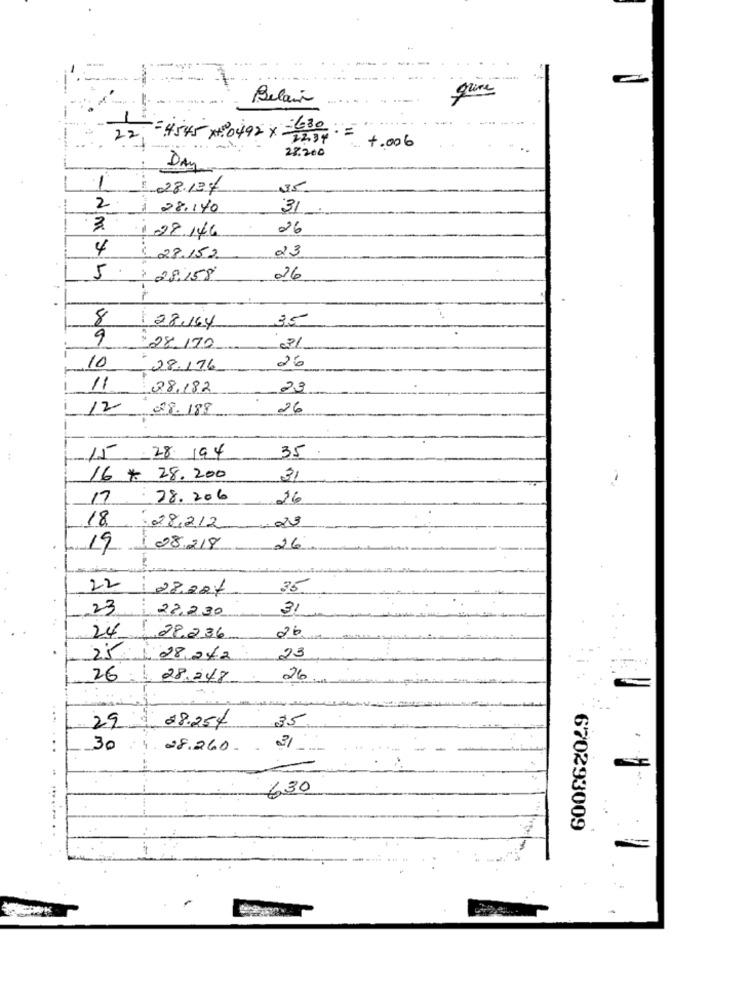
---
Belair
=4545 x4:0492 × =630 ==
22
22,34
.. +.006
..... ...
28.200
DAY
1
28.134
35
2
28.140
31
3.
28.146
26
4
23
28.152.
5 .
:28.158
26
8
35
28.164
9
:28.170
10
26
28.176
11
28.182
23
12 28.188
26
15 28 194
35
16 * 28.200
31
17 . 78.206
26
18 28212
19 08.218
26
22:28.201
35
23
22,230
31
26
24 28.236
25
28,24.2
23
26:
28.248
26
....
35
29
.28.254
...
30
28.260.
31
630
670293009